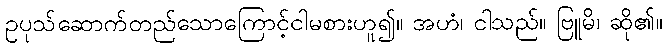
ဥပုသ်ဆောက်တည်သောကြောင့်ငါမစားဟူ၍။ အဟံ၊ ငါသည်။ ဗြူမိ၊ ဆို၏။